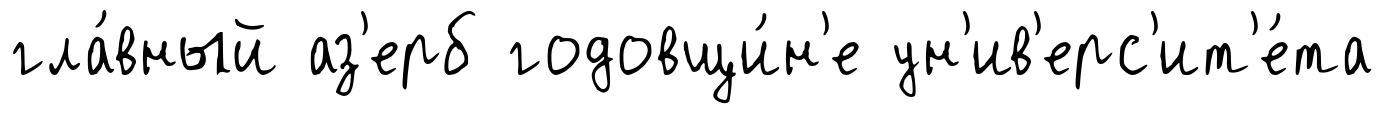
гла́вный аз'ерб годовщи́н'е ун'ив'ерс'ит'е́та